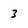
Character: 3